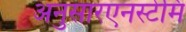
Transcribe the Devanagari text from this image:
अनुसारएनस्टेमि